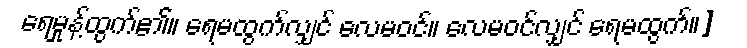
ရေမှုန့်ထွက်၏။ ရေမထွက်လျှင် လေမဝင်။ လေမဝင်လျှင် ရေမထွက်။]